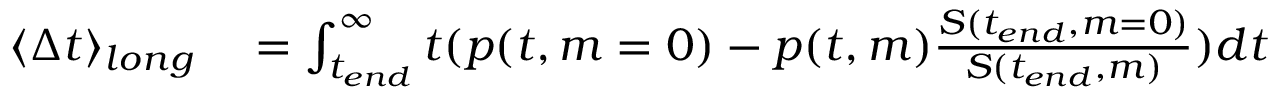
\begin{array} { r l } { \langle \Delta t \rangle _ { l o n g } } & { { } = \int _ { t _ { e n d } } ^ { \infty } t ( p ( t , m = 0 ) - p ( t , m ) \frac { S ( t _ { e n d } , m = 0 ) } { S ( t _ { e n d } , m ) } ) d t } \end{array}